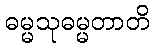
ဓမ္မသုဓမ္မတာတိ